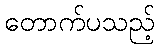
တောက်ပသည့်